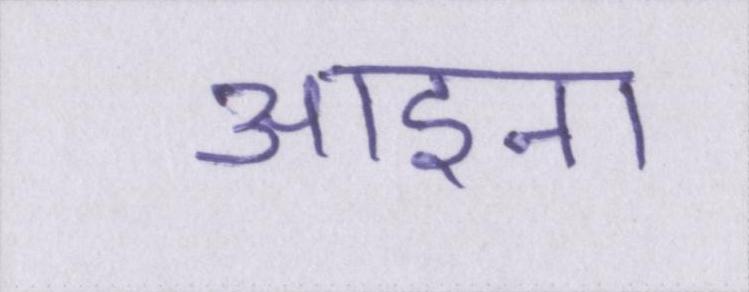
आइना